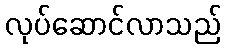
လုပ်ဆောင်လာသည်